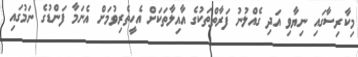
މިކާރިސާގައި ނިޔާވި އަދި ގެއްލުނު ފަރާތްތަކުގެ އާއިލާތަކަށް އެހީތެރިވުމަށް އެނަމާ ފަންޑުގެ ނަމުގައި